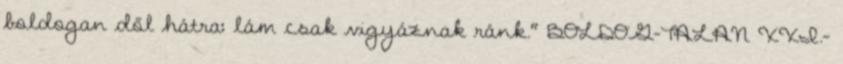
boldogan dől hátra: lám csak vigyáznak ránk." BOLDOG-TALAN XXI.-